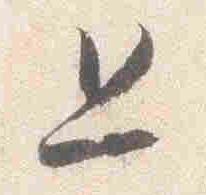
且